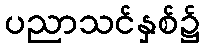
ပညာသင်နှစ်၌